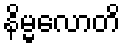
နိမ္မလောတိ